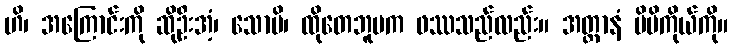
ဟိ၊ အကြောင်းကို ဆိုဦးအံ့၊ သောပိ၊ ထိုတေဘူမက ဖဿသည်လည်း။ အတ္တာနံ မိမိကိုယ်ကို။